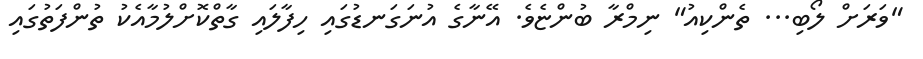
"ވަރަށް ލޯބި... ތެންކިއު" ނިމްރާ ބުންޏެވެ. އޭނާގެ އުނަގަނޑުގައި ހިފާލައި ގާތްކޮށްލުމާއެކު ތުންފަތުގައި